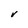
Character: V